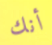
أنك